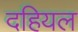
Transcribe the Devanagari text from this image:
दहियल